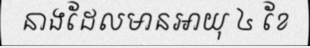
នាងដែលមានអាយុ ៤ ខែ